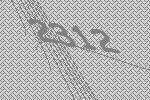
2312